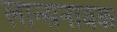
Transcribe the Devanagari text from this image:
लान्सनायक